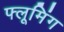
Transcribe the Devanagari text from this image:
फ्लूमिंग